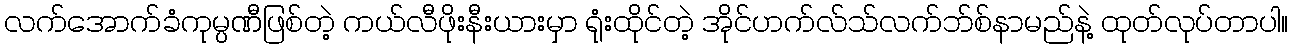
လက်အောက်ခံကုမ္ပဏီဖြစ်တဲ့ ကယ်လီဖိုးနီးယားမှာ ရုံးထိုင်တဲ့ အိုင်ဟက်လ်သ်လက်ဘ်စ်နာမည်နဲ့ ထုတ်လုပ်တာပါ။